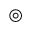
\circledcirc